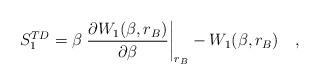
LaTeX: \begin{align*}S^{TD}_1=\beta\left. {\partial {W_1(\beta,r_B)}\over \partial \beta}\right| _{r_B} -W_1(\beta,r_B)~~~ ,\end{align*}